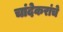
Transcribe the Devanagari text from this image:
चांदेकरांचे